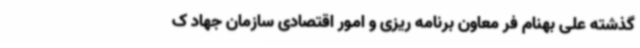
گذشته علی بهنام فر معاون برنامه ریزی و امور اقتصادی سازمان جهاد ک